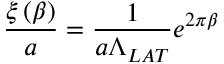
\frac { \xi \left( \beta \right) } { a } = \frac 1 { a \Lambda _ { L A T } } e ^ { 2 \pi \beta }